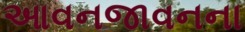
આવનજાવનના